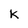
Character: K